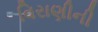
વિરાણીની